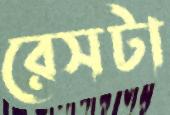
রেসটা